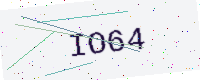
Text: IO64